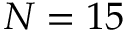
N = 1 5